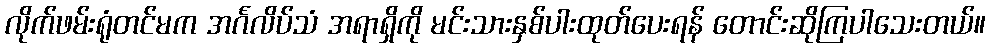
လိုက်ဖမ်းရုံတင်မက အင်္ဂလိပ်သံ အရာရှိကို မင်းသားနှစ်ပါးထုတ်ပေးရန် တောင်းဆိုကြပါသေးတယ်။